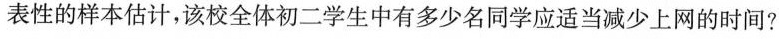
表性的样本估计，该校全体初二学生中有多少名同学应适当减少上网的时间?